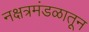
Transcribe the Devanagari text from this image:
नक्षत्रमंडळातून